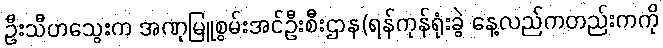
ဦးသီဟသွေးက အဏုမြူစွမ်းအင်ဦးစီးဌာန(ရန်ကုန်ရုံးခွဲ နေ့လည်ကတည်းကကို